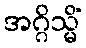
အဂ္ဂိသ္မိံ